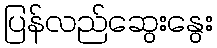
ပြန်လည်ဆွေးနွေး